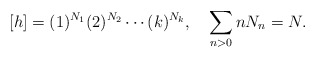
\begin{align*} [h]=(1)^{N_1}(2)^{N_2}\cdots (k)^{N_k},\quad\sum_{n>0} n N_n = N.\end{align*}